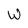
Character: W